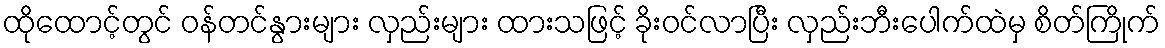
ထိုထောင့်တွင် ဝန်တင်နွားများ လှည်းများ ထားသဖြင့် ခိုးဝင်လာပြီး လှည်းဘီးပေါက်ထဲမှ စိတ်ကြိုက်